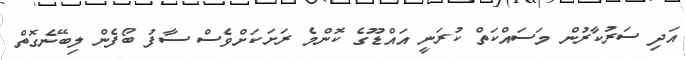
އަދި ސަރުކާރުން މަސައްކަތް ކުރަނީ އައްޑޫގެ ކޮންމެ ރަށަކަށްވެސް ސާފު ބޯފެން ލިބޭނެގޮތް